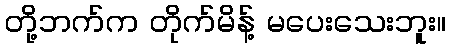
တို့ဘက်က တိုက်မိန့် မပေးသေးဘူး။